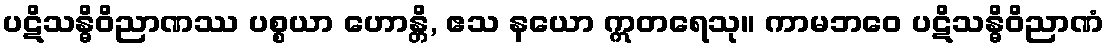
ပဋိသန္ဓိဝိညာဏဿ ပစ္စယာ ဟောန္တိ, ဧသ နယော ဣတရေသု။ ကာမဘဝေ ပဋိသန္ဓိဝိညာဏံ